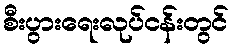
စီးပွားရေးလုပ်ငန်းတွင်